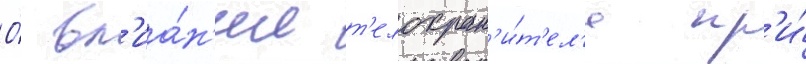
О́ вл'иа́н'ии т'елохран'и́т'ел'я пр'и́